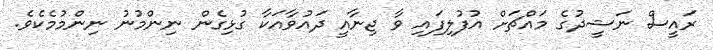
ރައީސް ނަޝީދުގެ މައްޗަށް އުފުލިފައި ވާ ޖިނާއީ ދައުވާއަކާ ގުޅިގެން ނިންމުނު ނިންމުމެކެވެ.